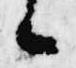
候